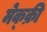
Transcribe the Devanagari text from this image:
मेक्क्री